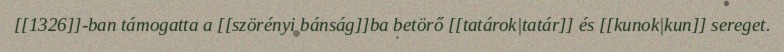
[[1326]]-ban támogatta a [[szörényi bánság]]ba betörő [[tatárok|tatár]] és [[kunok|kun]] sereget.